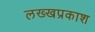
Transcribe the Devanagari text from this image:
लख्खप्रकाश